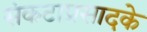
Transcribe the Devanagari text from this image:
संकटाप्रसादके